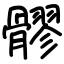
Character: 髎